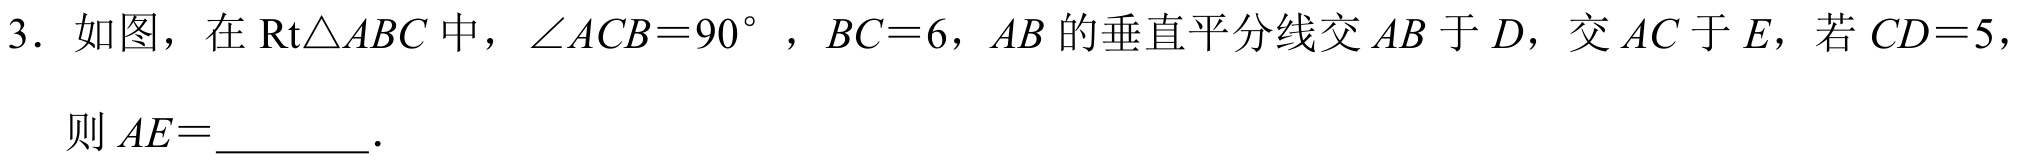
3. 如图，在$\text{Rt}\triangle ABC$中，$\angle ACB = 90^{\circ}$，$BC = 6$，$AB$的垂直平分线交$AB$于$D$，交$AC$于$E$，若$CD = 5$，
则$AE =$________．